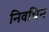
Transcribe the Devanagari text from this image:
निवचिन